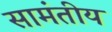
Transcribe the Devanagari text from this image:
सामंतीय